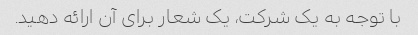
با توجه به یک شرکت، یک شعار برای آن ارائه دهید.